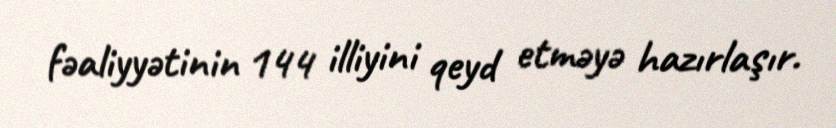
fəaliyyətinin 144 illiyini qeyd etməyə hazırlaşır.